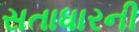
સતાધારની